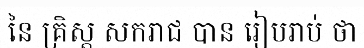
នៃ គ្រិស្ត សករាជ បាន រៀបរាប់ ថា